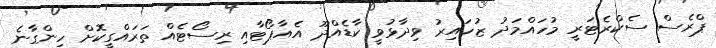
ޕްރެސް ސެކްރެޓަރީ މުހައްމަދު ޒުހައިރު ވިދާޅުވީ ކާޑެއްދޫ އެއާޕޯޓާއި ރިސޯޓެއް ތަރައްގީކޮށް ހިންގާނެ